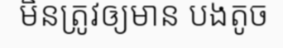
មិនត្រូវឲ្យមាន បងតូច